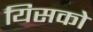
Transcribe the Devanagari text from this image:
यिसको